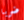
ضربا